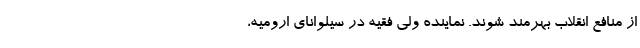
از منافع انقلاب بهرمند شوند. نماینده ولی فقیه در سیلوانای ارومیه،